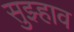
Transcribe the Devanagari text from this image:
सुझ्हाव